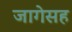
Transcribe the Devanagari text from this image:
जागेसह